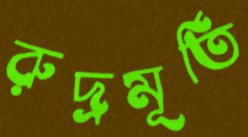
রুদ্রমূর্তি